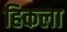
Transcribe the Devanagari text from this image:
हिकला